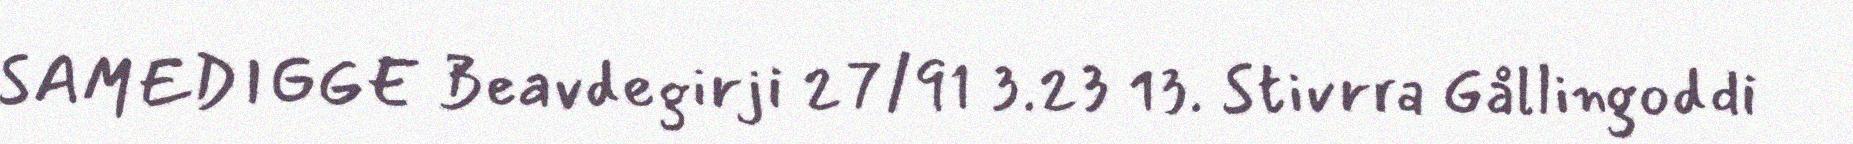
SAMEDIGGE Beavdegirji 27/91 3.23 13. Stivrra Gållingoddi